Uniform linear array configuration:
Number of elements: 12
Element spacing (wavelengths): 0.5
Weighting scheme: hann
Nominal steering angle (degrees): -45
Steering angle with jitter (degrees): -45.812
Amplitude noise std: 0.05
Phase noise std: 0.05

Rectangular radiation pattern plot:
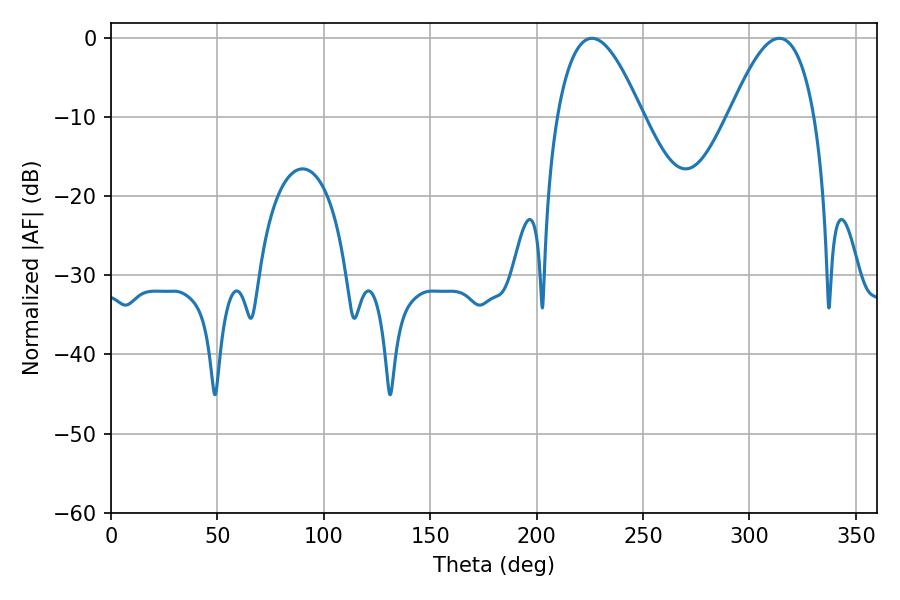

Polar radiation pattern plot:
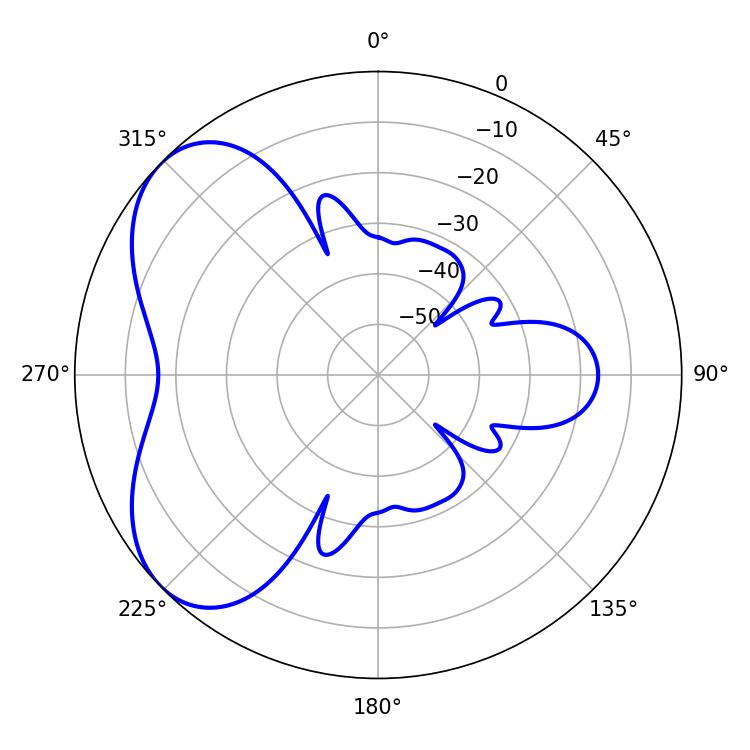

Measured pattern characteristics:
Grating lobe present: FALSE
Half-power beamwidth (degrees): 21.96
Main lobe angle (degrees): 226.08